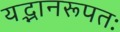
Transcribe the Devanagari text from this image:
यद्भानरूपतः